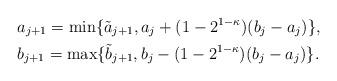
LaTeX: \begin{align*}&a_{j + 1} = \min\{\tilde{a}_{j+1}, a_j + (1-2^{1-\kappa})(b_j - a_j)\},\\&b_{j + 1} = \max\{\tilde{b}_{j+1}, b_j - (1-2^{1-\kappa})(b_j - a_j)\}.\end{align*}